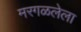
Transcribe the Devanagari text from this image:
मरगळलेला